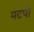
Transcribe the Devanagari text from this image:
मटपो